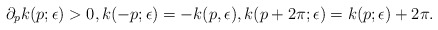
\begin{align*}\partial_p k(p;\epsilon)>0,k(-p;\epsilon)=-k(p,\epsilon), k(p+2\pi;\epsilon)=k(p;\epsilon)+2\pi.\end{align*}